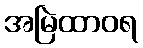
အမြဲထာဝရ